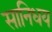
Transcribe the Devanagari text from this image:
सानिधय